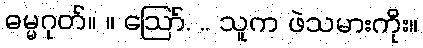
ဓမ္မဂုတ်။ ။ ဪ. .. သူက ဖဲသမားကိုး။